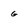
Character: g